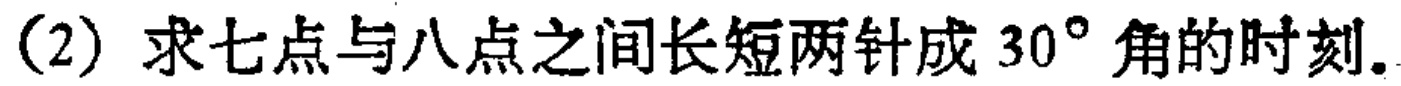
(2) 求七点与八点之间长短两针成 \(30^{\circ}\) 角的时刻.